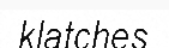
klatches